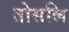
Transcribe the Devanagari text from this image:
तोसलि